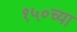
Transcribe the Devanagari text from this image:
१५०च्या